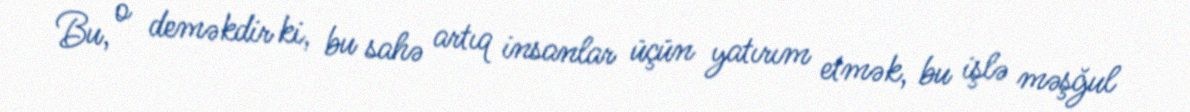
Bu, o deməkdir ki, bu sahə artıq insanlar üçün yatırım etmək, bu işlə məşğul